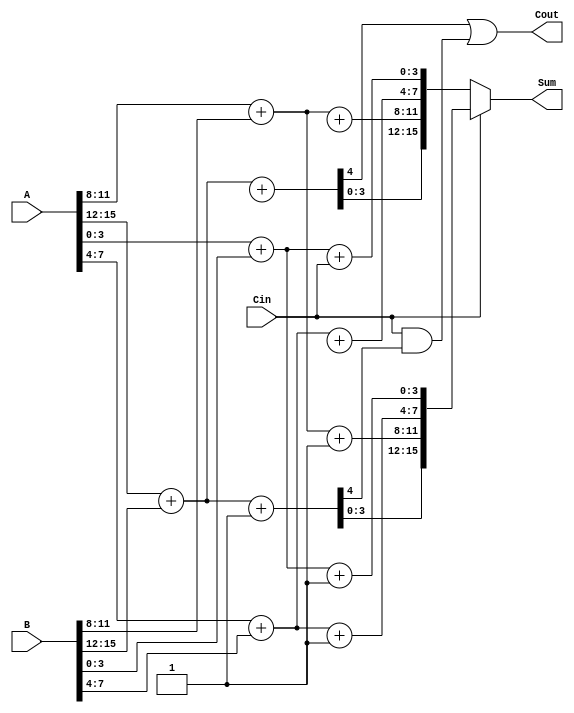
module DynamicCarrySelectAdder #(
    parameter WIDTH = 16,    // Total bit width
    parameter SEGMENT_SIZE = 4 // Size of each segment
)(
    input [WIDTH-1:0] A,      // First operand
    input [WIDTH-1:0] B,      // Second operand
    input Cin,                // Carry input
    output [WIDTH-1:0] Sum,   // Sum output
    output Cout               // Carry output
);

    // Number of segments
    localparam NUM_SEGMENTS = WIDTH / SEGMENT_SIZE;

    // Internal wires for sums and carries
    wire [WIDTH-1:0] Sum0, Sum1;   // Sums assuming Cin = 0 and Cin = 1
    wire [NUM_SEGMENTS:0] C;       // Carry outputs for segments
    wire [NUM_SEGMENTS-1:0] C0, C1; // Carry outputs for each segment

    // Generate sum and carry for each segment
    generate
        genvar i;
        for (i = 0; i < NUM_SEGMENTS; i = i + 1) begin: segment
            // Calculate segment indices
            localparam SEG_START = i * SEGMENT_SIZE;
            localparam SEG_END = SEG_START + SEGMENT_SIZE - 1;

            // Segment sum and carry calculation assuming Cin = 0
            wire [SEGMENT_SIZE-1:0] A_seg = A[SEG_END:SEG_START];
            wire [SEGMENT_SIZE-1:0] B_seg = B[SEG_END:SEG_START];
            wire Cin0 = (i == 0) ? Cin : C[i-1]; // Carry-in for the first segment
            wire Cin1 = 1'b1; // Assume Cin = 1 for alternate calculation

            // Calculate sums and carries for Cin = 0
            assign {C0[i], Sum0[SEG_END:SEG_START]} = A_seg + B_seg + Cin0;

            // Calculate sums and carries for Cin = 1
            assign {C1[i], Sum1[SEG_END:SEG_START]} = A_seg + B_seg + Cin1;
        end
    endgenerate

    // MUX to select the correct sum based on the carry-in
    assign Sum = (Cin) ? Sum1 : Sum0;

    // Final carry out
    assign Cout = C0[NUM_SEGMENTS-1] | (Cin & C1[NUM_SEGMENTS-1]);

endmodule